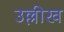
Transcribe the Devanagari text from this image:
उल्लीख